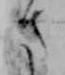
さ